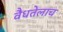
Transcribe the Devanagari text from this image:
वैधतेलाच